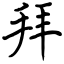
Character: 拜